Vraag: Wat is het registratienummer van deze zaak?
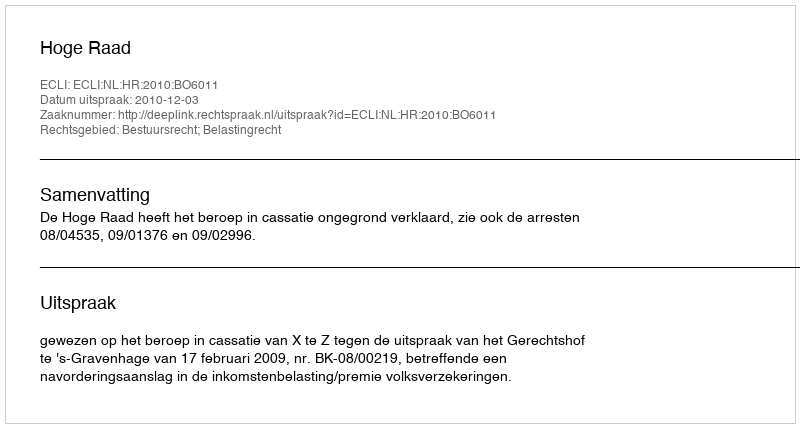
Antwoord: http://deeplink.rechtspraak.nl/uitspraak?id=ECLI:NL:HR:2010:BO6011